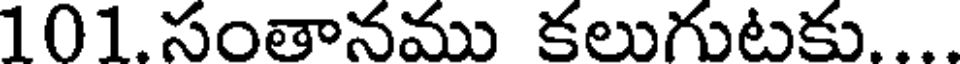
101. సంతానము కలుగుటకు....